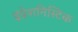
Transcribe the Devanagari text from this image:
इंप्रेशनिस्टिक